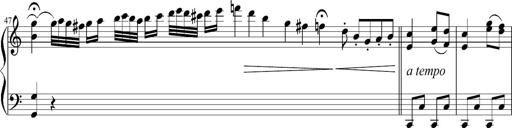
Title: 12 Sonatinas for Piano
Composer: Johann Baptist Vanhal